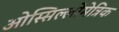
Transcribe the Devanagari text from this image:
ओस्सिल्लोमेत्रिक